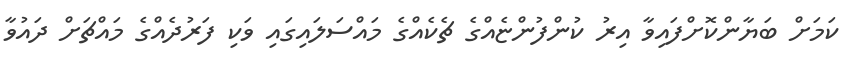
ކަމަށް ބަޔާންކޮށްފައިވާ އިރު ކުންފުންޏެއްގެ ޗެކެއްގެ މައްސަލައިގައި ވަކި ފަރުދެއްގެ މައްޗަށް ދައުވާ